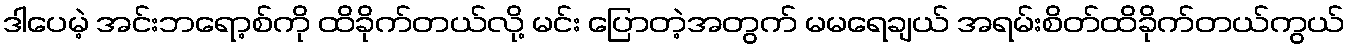
ဒါပေမဲ့ အင်းဘရော့စ်ကို ထိခိုက်တယ်လို့ မင်း ပြောတဲ့အတွက် မမရေချယ် အရမ်းစိတ်ထိခိုက်တယ်ကွယ်